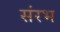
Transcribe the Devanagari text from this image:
संरभ